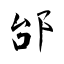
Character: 邰